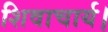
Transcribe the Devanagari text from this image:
शिवाचार्य।